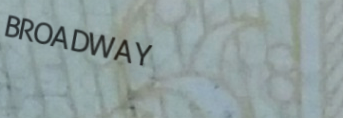
BROADWAY